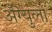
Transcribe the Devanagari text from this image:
अँग्युलो